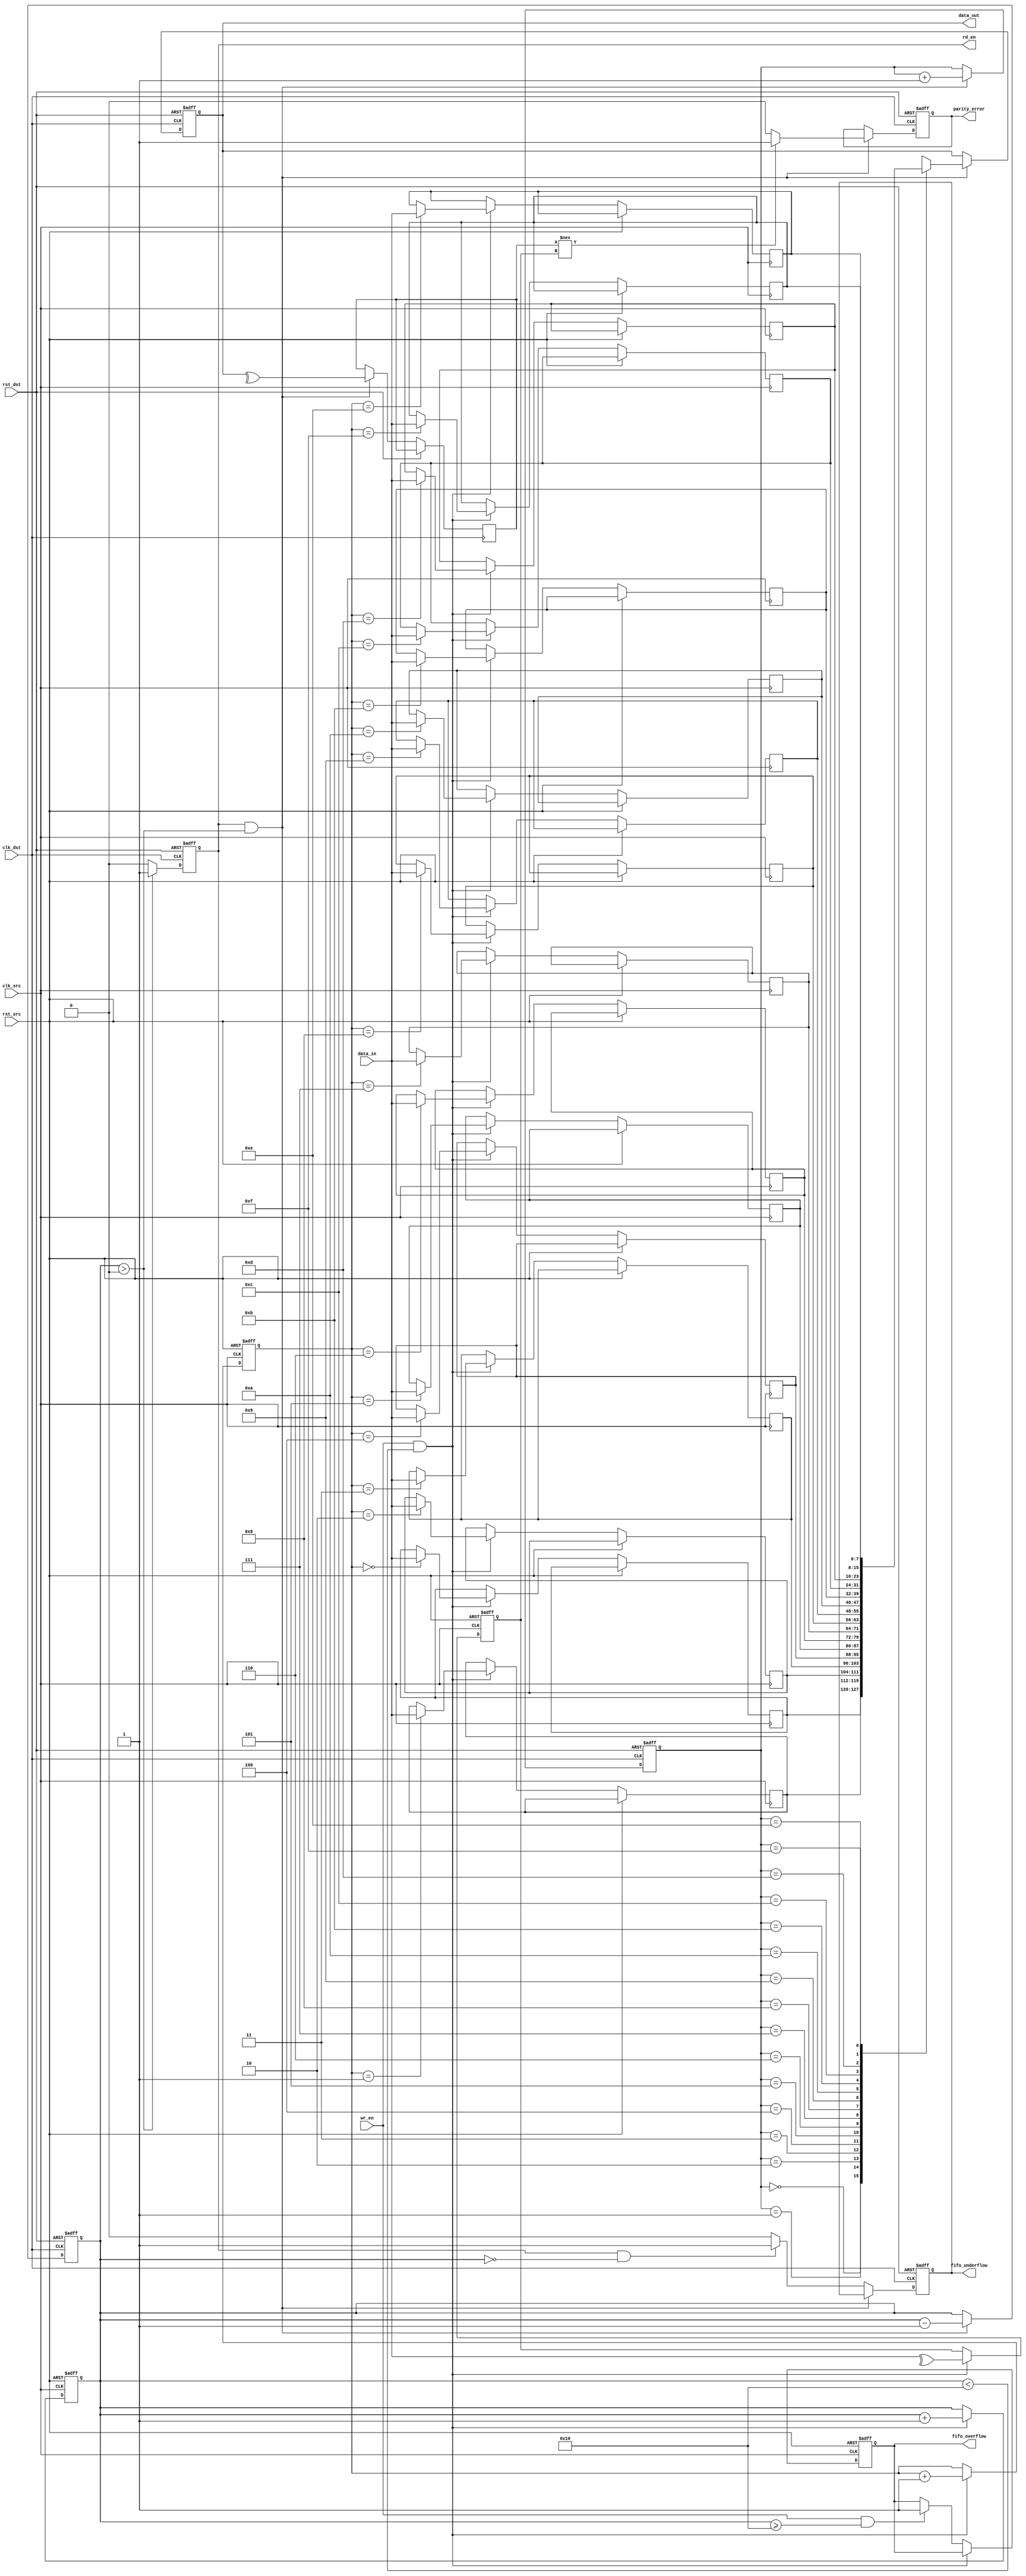
module CDC_MemoryBlocks #(
    parameter DATA_WIDTH = 8,
    parameter FIFO_DEPTH = 16
)(
    // Source Clock Domain
    input wire clk_src,
    input wire rst_src,
    input wire [DATA_WIDTH-1:0] data_in,
    input wire wr_en,
    
    // Destination Clock Domain
    input wire clk_dst,
    input wire rst_dst,
    output reg [DATA_WIDTH-1:0] data_out,
    output reg rd_en,
    
    // Error detection signals
    output reg parity_error,
    output reg fifo_overflow,
    output reg fifo_underflow
);

    // FIFO RAM
    reg [DATA_WIDTH-1:0] fifo_ram [0:FIFO_DEPTH-1];
    reg [3:0] wr_ptr = 0;
    reg [3:0] rd_ptr = 0;
    reg [3:0] count = 0;

    // Parity bit variables
    reg parity_bit_out;
    reg parity_bit_in;

    // Write logic for FIFO
    always @(posedge clk_src or posedge rst_src) begin
        if (rst_src) begin
            wr_ptr <= 4'b0;
            count <= 4'b0;
            fifo_overflow <= 1'b0;
            parity_bit_out <= 1'b0;
        end else if (wr_en && count < FIFO_DEPTH) begin
            fifo_ram[wr_ptr] <= data_in;
            parity_bit_out <= ^data_in; // Calculate parity bit
            wr_ptr <= wr_ptr + 1'b1;
            count <= count + 1'b1;
        end else if (wr_en && count >= FIFO_DEPTH) begin
            fifo_overflow <= 1'b1; // Overflow detected
        end
    end

    // Read logic for FIFO
    always @(posedge clk_dst or posedge rst_dst) begin
        if (rst_dst) begin
            rd_ptr <= 4'b0;
            count <= 4'b0;
            fifo_underflow <= 1'b0;
            data_out <= {DATA_WIDTH{1'b0}};
            parity_error <= 1'b0;
        end else if (rd_en && count > 0) begin
            data_out <= fifo_ram[rd_ptr];
            parity_bit_in <= ^data_out; // Calculate received parity
            rd_ptr <= rd_ptr + 1'b1;
            count <= count - 1'b1;
            // Check for parity error
            if (parity_bit_in !== parity_bit_out) begin
                parity_error <= 1'b1;
            end else begin
                parity_error <= 1'b0;
            end
        end else if (rd_en && count == 0) begin
            fifo_underflow <= 1'b1; // Underflow detected
        end else begin
            fifo_underflow <= 1'b0;
        end
    end

    // Handshake mechanism (simple request/acknowledge)
    always @(posedge clk_dst or posedge rst_dst) begin
        if (rst_dst) begin
            rd_en <= 1'b0;
        end else if (count > 0) begin
            rd_en <= 1'b1; // Acknowledge read
        end else begin
            rd_en <= 1'b0; // No data to read
        end
    end

endmodule